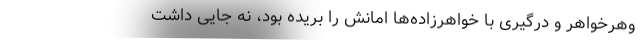
وهرخواهر و درگیری با خواهرزاده‌ها امانش را بریده بود، نه جایی داشت